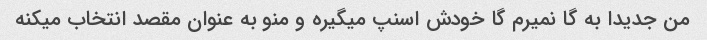
من جدیدا به گا نمیرم گا خودش اسنپ میگیره و منو به عنوان مقصد انتخاب میکنه